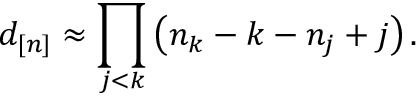
d _ { [ n ] } \approx \prod _ { j < k } \left( n _ { k } - k - n _ { j } + j \right) .